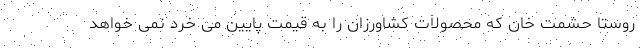
روستا حشمت خان که محصولات کشاورزان را به قیمت پایین می خرد نمی خواهد